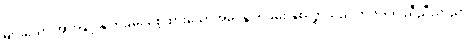
များသော အားဖြင့် နှုတ်ခမ်း စေ့ထားသောအခါ နှုတ်ခမ်း နှစ်လွှာသည် တိတိရိရိ ညီညီညာညာ